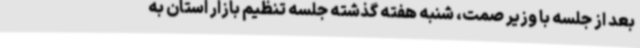
بعد از جلسه با وزیر صمت، شنبه هفته گذشته جلسه تنظیم بازار استان به